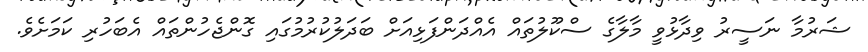
ޝަރުމާ ނަސީރު ވިދާޅުވީ މާލާގެ ސްކޫލުތައް އެއްދަންފަޅިއަށް ބަދަލުކުރުމުގައި ގޮންޖެހުންތައް އެބަހުރި ކަމަށެވެ.